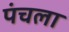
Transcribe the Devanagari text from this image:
पंचला